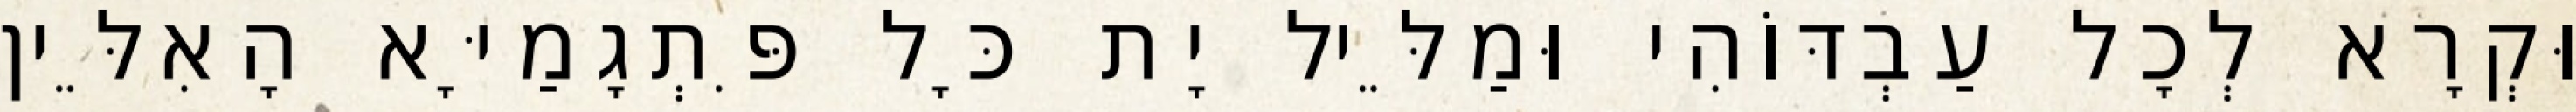
וּקְרָא לְכָל עַבְדּוֹהִי וּמַלֵּיל יָת כָּל פִּתְגָמַיָּא הָאִלֵּין